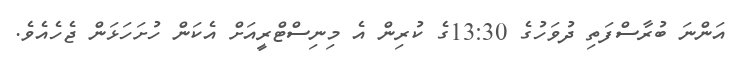
އަންނަ ބުރާސްފަތި ދުވަހުގެ 13:30ގެ ކުރިން އެ މިނިސްޓްރީއަށް އެކަން ހުށަހަޅަން ޖެހެއެވެ.